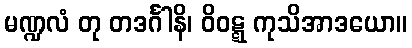
မဏ္ဍလံ တု တဒင်္ဂါနိ၊ ဝိဝဋ္ဋ ကုသိအာဒယော။